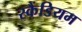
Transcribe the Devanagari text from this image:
स्कैंडियम